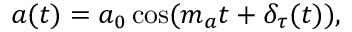
\begin{array} { r } { a ( t ) = a _ { 0 } \cos ( m _ { a } t + \delta _ { \tau } ( t ) ) , } \end{array}